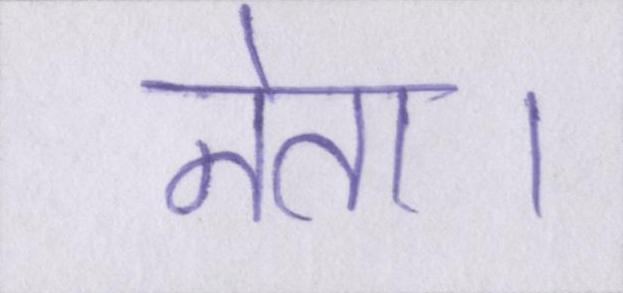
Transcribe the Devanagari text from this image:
नेता।